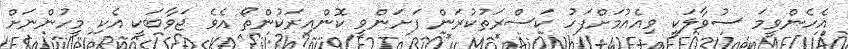
އެހެންވީމަ ސުވާލަކީ ވިއެއުމަށްފަހު ކަސްރަތުކުރަން ފަށަންވީ ކޮންއިރަކުންތޯ އެވެ ޖަވާބަކީ އެކި މީހުންނަށް